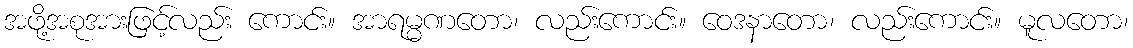
အဖို့အစုအားဖြင့်လည်း ကောင်း။ အာရမ္မဏတော၊ လည်းကောင်း။ ဝေဒနာတော၊ လည်းကောင်း။ မူလတော၊